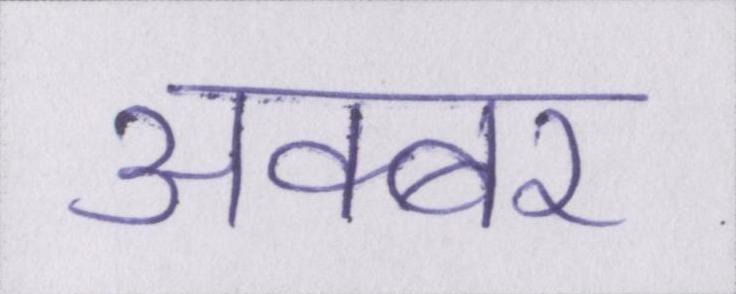
अक्बर